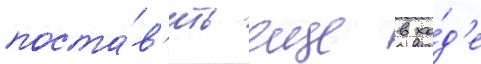
поста́в'ить еще в хо́д'е